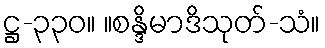
ဋ္ဌ-၃၃၀။ ။စန္ဒိမာဒိသုတ်-သံ။